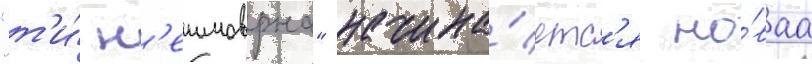
"т'и́ н'еимоврна" начина́етс'я но́ваа